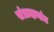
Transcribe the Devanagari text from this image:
संप्रादायांत